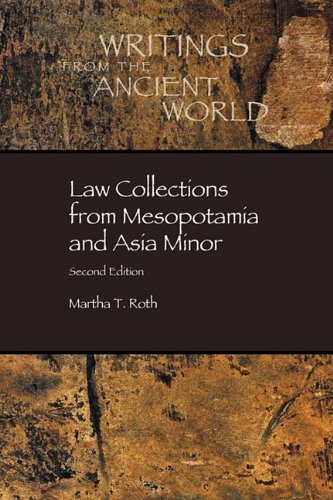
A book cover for Law Collections from Mesopotamia and Asia Minor, Second Edition; History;